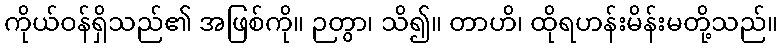
ကိုယ်ဝန်ရှိသည်၏ အဖြစ်ကို။ ဉတွာ၊ သိ၍။ တာဟိ၊ ထိုရဟန်းမိန်းမတို့သည်။